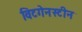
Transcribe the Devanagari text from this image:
विटगेनस्टीन